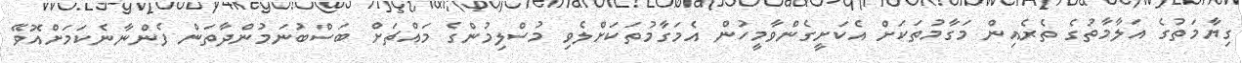
ގިޔާމަތުގެ އަލާމާތުގެ ތެރެއިން މަގާމުތަކަށް އެކަށީގެންވާމީހުން އެމަގާމުތަކަށްލެވި މުސްލިމުންގެ މައްޗަށް ބަސްބުނަމުންދާތަން ފެންނާނެކަމަށްއޮވޭ